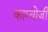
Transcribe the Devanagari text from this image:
काम्बोजी